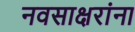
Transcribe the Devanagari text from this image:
नवसाक्षरांना